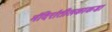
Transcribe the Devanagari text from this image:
मंदिरांतीलकाकडा